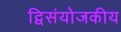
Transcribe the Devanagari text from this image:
द्विसंयोजकीय